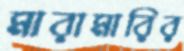
মারামারির